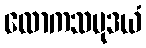
လောကသမုဒယံ